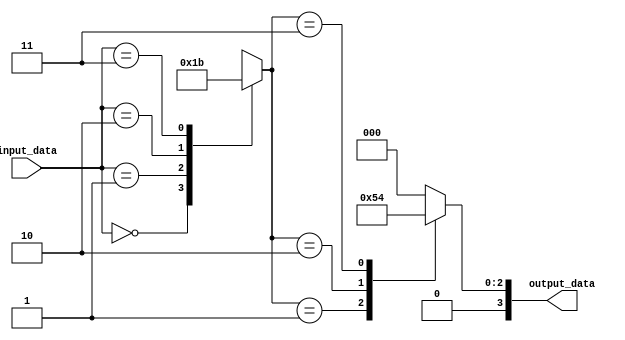
module priority_case (
    input [1:0] input_data,
    output reg [3:0] output_data
);

reg [1:0] priority;

always @* begin
    // Priority logic
    case(input_data)
        2'b00: priority = 2'b00;
        2'b01: priority = 2'b01;
        2'b10: priority = 2'b10;
        2'b11: priority = 2'b11;
    endcase

    // Priority case statement
    case(priority)
        2'b01: output_data = 4'b0001;
        2'b10: output_data = 4'b0010;
        2'b11: output_data = 4'b0100;
        default: output_data = 4'b0000;
    endcase
end 

endmodule